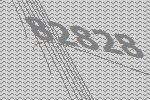
82828